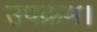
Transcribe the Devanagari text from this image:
उपक्रम।